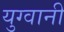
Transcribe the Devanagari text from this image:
युग्वानी